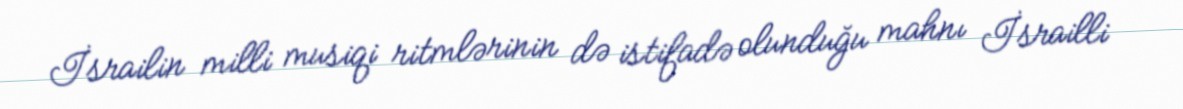
İsrailin milli musiqi ritmlərinin də istifadə olunduğu mahnı İsrailli